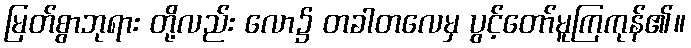
မြတ်စွာဘုရား တို့လည်း လော၌ တခါတလေမှ ပွင့်တော်မူကြကုန်၏။